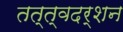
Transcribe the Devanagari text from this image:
तत्त्वदर्शन